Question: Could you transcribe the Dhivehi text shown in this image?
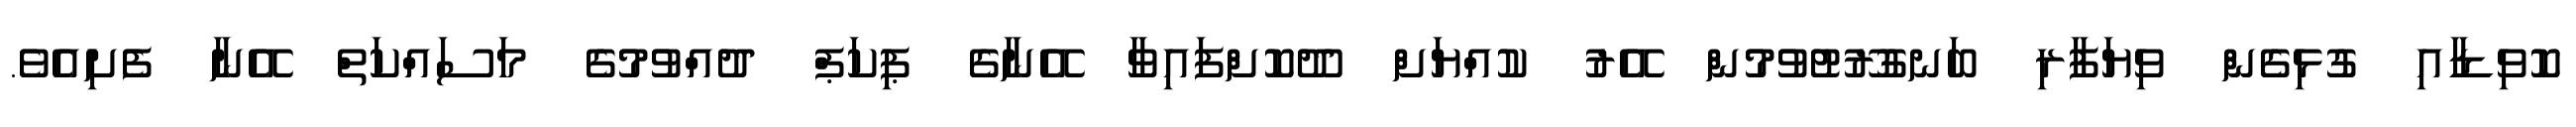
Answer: ކޮވިޑާއި ގުޅިގެން ވިޔަފާރި ބަނގުރޫޓުވުމުން އޭރު ކުއްޔަށް ދޫކޮށްފައިވާ އޭނާގެ ޕިކަޕް ދުއްވުމުގެ މަސައްކަތް އޭނާ ފެށިއެވެ.